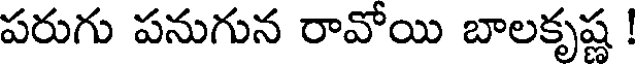
పరుగు పనుగున రావోయి బాలకృష్ణ !